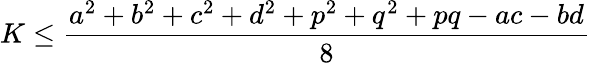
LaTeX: K\leq{\frac{a^{2}+b^{2}+c^{2}+d^{2}+p^{2}+q^{2}+pq-ac-bd}{8}}